Statistical return of the lunatic asylum in Assam - 1912-1932
Year: 1912
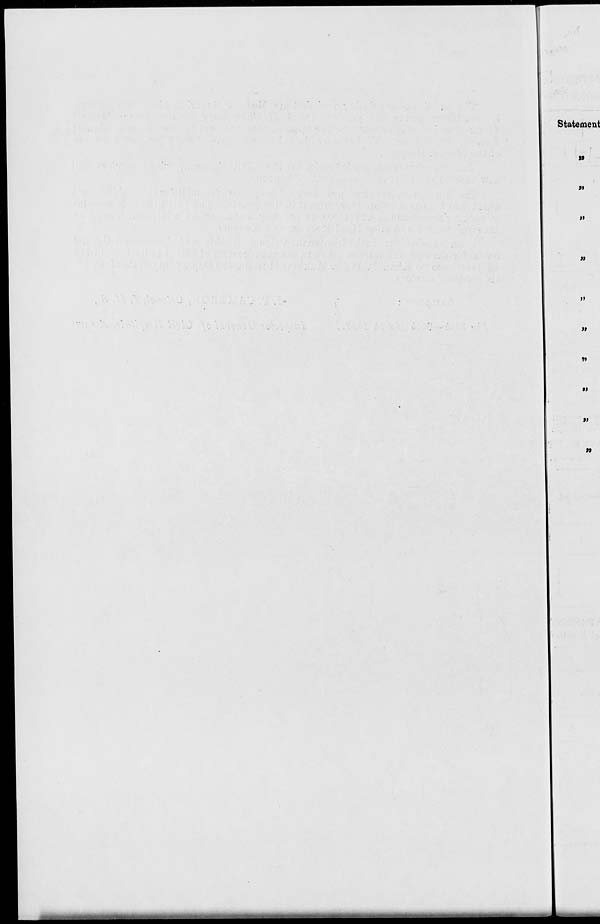
Statement
»
>»
»
»
»
»»
»
»